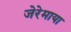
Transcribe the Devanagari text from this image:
जेरेमाया